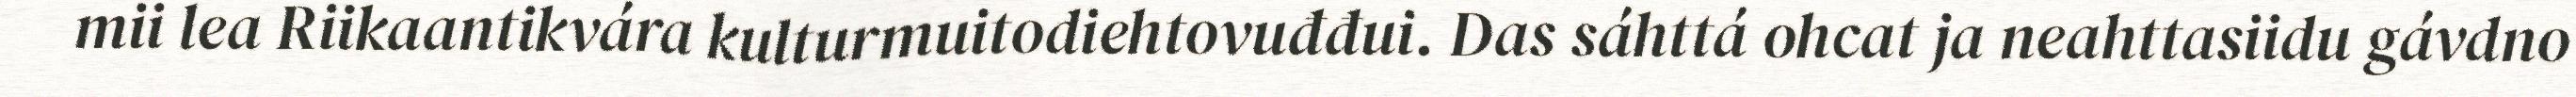
mii lea Riikaantikvára kulturmuitodiehtovuđđui. Das sáhttá ohcat ja neahttasiidu gávdno